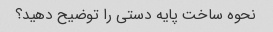
نحوه ساخت پایه دستی را توضیح دهید؟